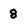
Character: 8